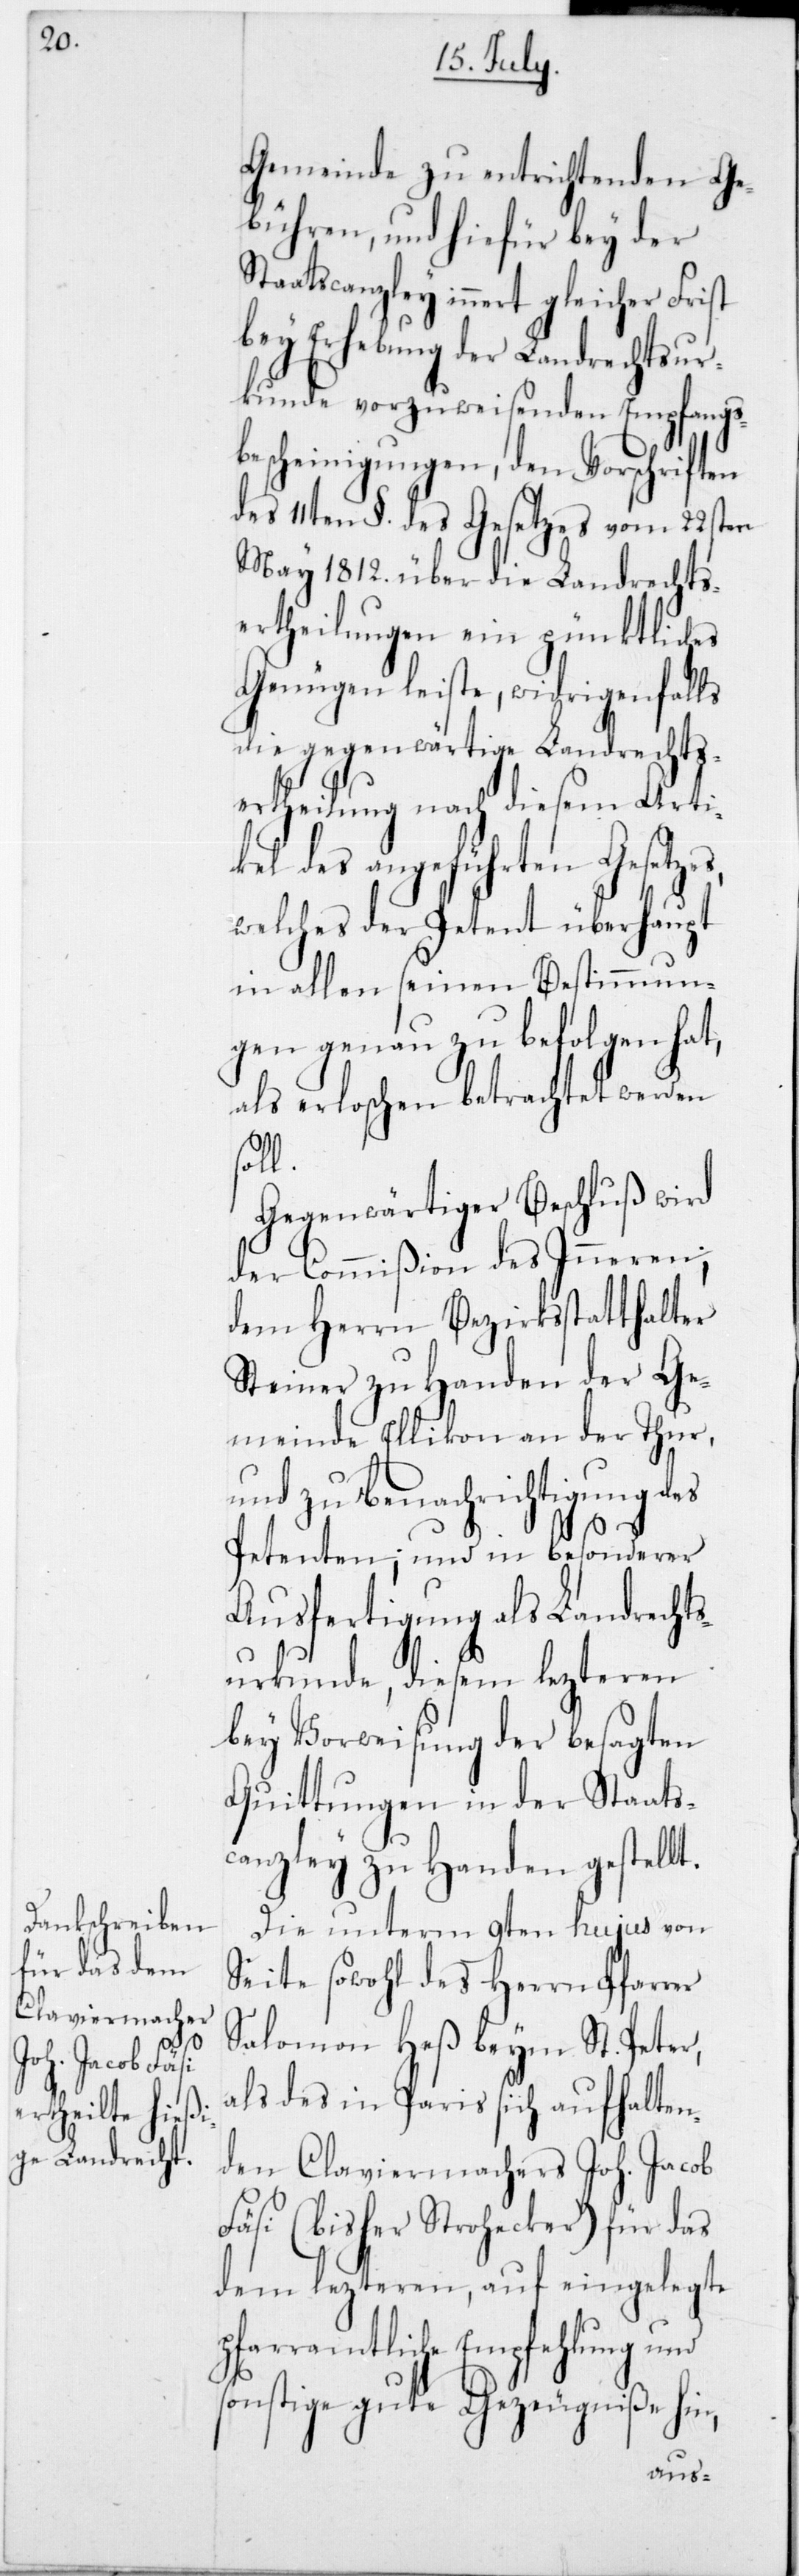
Gemeinde zu entrichtenden Ge¬
bühren, und hiefür bey der
Staatscanzley innert gleicher Frist
bey Erhebung der Landrechtsur¬
kunde vorzuweisenden Empfangs¬
bescheinigungen, den Vorschriften
des 11ten § des Gesetzes vom 22sten
May 1812 über die Landrechts¬
ertheilungen ein pünktliches
Genügen leiste, widrigen¬
falls
die gegenwärtige Landrechts¬
ertheilung nach diesem Arti¬
kel des angeführten Gesetzes,
welches der Petent überhaupt
in allen seinen Bestimmun¬
gen genau zu befolgen hat,
als erloschen betrachtet werden
soll.
Gegenwärtiger Beschluß wird
der Commißion des
dem Herrn Bezirksstatthalter
Steiner zu Handen der Ge¬
meinde Ellikon an der Thur,
und zu Benachrichtigung des
Petenten; und in besonderer
Ausfertigung als Landrechts¬
urkunde, diesem lezteren
bey Vorweisung der besagten
Quittungen in der Staats¬
canzley zu Handen gestellt.
Die unterm 9ten hujus von
Seite sowohl des Herrn Pfarrer
Salomon Hess beym St. Peter,
als des in Paris sich aufhalten¬
den Claviermachers Joh. Jacob
Fäsi (bisher Strohecker) für das
dem lezteren, auf eingelegte
pfarramtliche Empfehlung und
sonstige gute Gezeugniße hin,